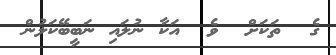
ގެ  ތަކަށް  ވެ  އަކާ ނުލައި ނަބީބޭކަލުން